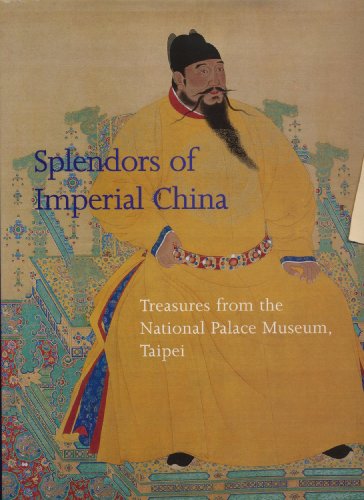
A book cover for Splendors of Imperial China: Treasures from the National Palace Museum, Taipei; Maxwell K. Hearn; Travel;